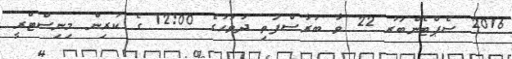
2016 ސެޕްޓެންބަރު 22 ވާ ބުރާސްފަތި ދުވަހުގެ 12:00 ގެ ކުރިން މިނިސްޓްރީ